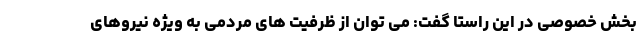
بخش خصوصی در این راستا گفت: می توان از ظرفیت های مردمی به ویژه نیروهای